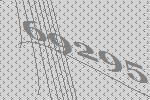
69295